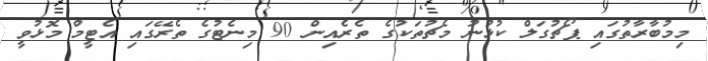
މިމުބާރާތުގައި ޕޯޗުގަލް ކުޅުނު މެޗުތަކުގެ ތެރެއިން 90 މިނެޓުގެ ތެރޭގައި އެޓީމް މޮޅުވީ